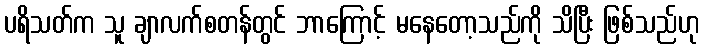
ပရိသတ်က သူ ချာလက်စတန်တွင် ဘာကြောင့် မနေတော့သည်ကို သိပြီး ဖြစ်သည်ဟု